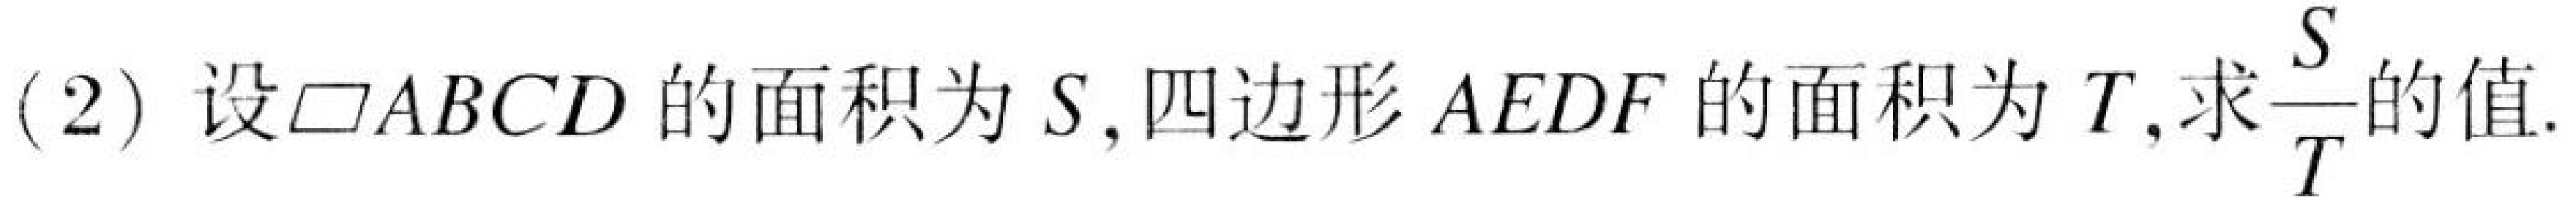
(2) 设\(\square ABCD\)的面积为\(S\),四边形\(AEDF\)的面积为\(T\),求\(\frac{S}{T}\)的值.